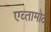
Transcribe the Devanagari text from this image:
एव्तामोट